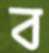
ব